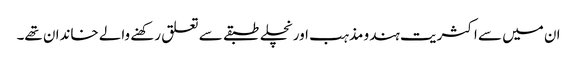
ان میں سے اکثریت ہندو مذہب اور نچلے طبقے سے تعلق رکھنے والے خاندان تھے۔